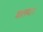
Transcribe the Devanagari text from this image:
बालमा।